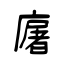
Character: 廜